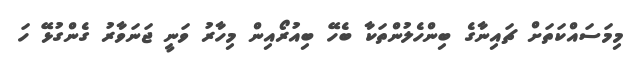
މިމަސައްކަތަށް ޗައިނާގެ ބިންހެލުންތަކާ ބެހޭ ބިއުރޯއިން މިހާރު ވަނީ ޖަނަވާރު ގެންގުޅޭ ހަ